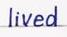
lived